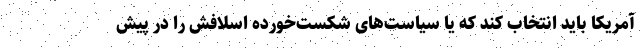
آمریکا باید انتخاب کند که یا سیاست‌های شکست‌خورده اسلافش را در پیش